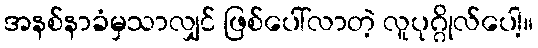
အနစ်နာခံမှသာလျှင် ဖြစ်ပေါ်လာတဲ့ လူပုဂ္ဂိုလ်ပေါ့။